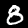
Label: 8